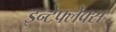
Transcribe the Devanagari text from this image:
इन्टेफ्लेक्स